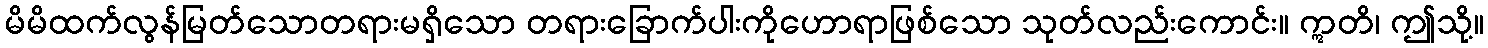
မိမိထက်လွန်မြတ်သောတရားမရှိသော တရားခြောက်ပါးကိုဟောရာဖြစ်သော သုတ်လည်းကောင်း။ ဣတိ၊ ဤသို့။